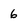
Character: 6